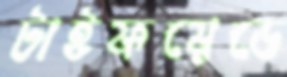
টাইফয়েডে